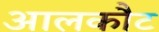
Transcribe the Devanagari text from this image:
आलकौट